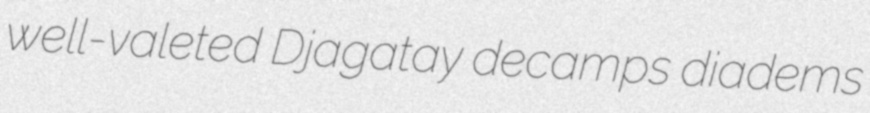
well-valeted Djagatay decamps diadems